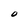
Character: O